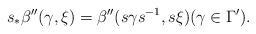
LaTeX: \begin{align*} s_\ast\beta''(\gamma,\xi)=\beta''(s\gamma s^{-1}, s\xi)(\gamma\in\Gamma').\end{align*}